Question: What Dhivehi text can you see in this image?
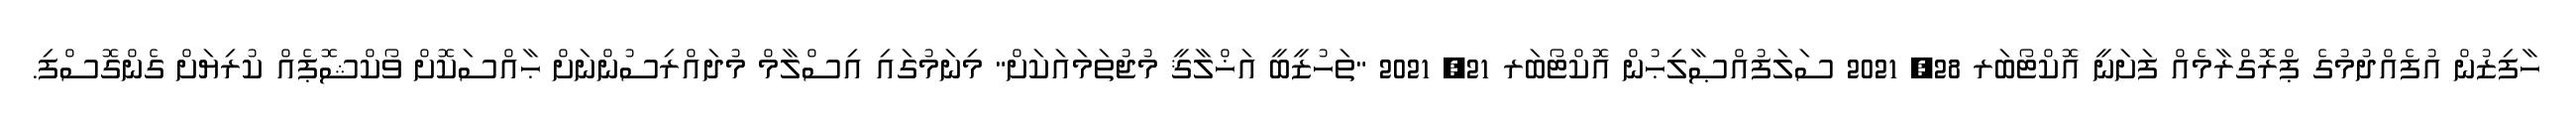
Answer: ހާފިޒުން އުފެއްދުމުގެ ޕްރޮގްރާމެއް ފަށަނީ އޮކްޓޯބަރ 28, 2021 ސަލަފުއްޞާލިޙުން އޮކްޓޯބަރ 21, 2021 "ތަހުޒީބީ އަޚްލާޤީ މުޖުތަމައަކަށް" މިނަމުގައި އިސްލާމް މުދައްރިސުންނަށް ޙާއްސަކޮށް ވޯކްޝޮޕެއް ކުރިޔަށް ގެންގޮސްފި.